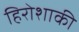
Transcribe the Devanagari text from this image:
हिरोशाकी